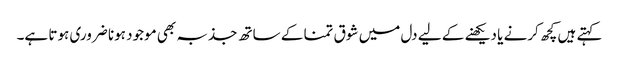
کہتے ہیں کچھ کرنے یا دیکھنے کے لیے دل میں شوق تمنا کے ساتھ جذبہ بھی موجود ہونا ضروری ہوتا ہے۔